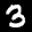
Label: 3